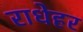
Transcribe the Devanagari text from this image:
राधेहर